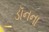
ડૉનના